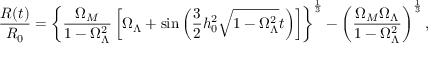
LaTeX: \frac { R ( t ) } { R _ { 0 } } = \left\{ \frac { \Omega _ { M } } { 1 - \Omega _ { \Lambda } ^ { 2 } } \left[ \Omega _ { \Lambda } + \sin \left( \frac { 3 } { 2 } h _ { 0 } ^ { 2 } \sqrt { 1 - \Omega _ { \Lambda } ^ { 2 } } t \right) \right] \right\} ^ { \frac { 1 } { 3 } } - \left( \frac { \Omega _ { M } \Omega _ { \Lambda } } { 1 - \Omega _ { \Lambda } ^ { 2 } } \right) ^ { \frac { 1 } { 3 } } ,